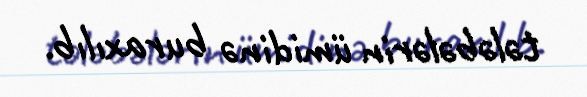
tələbələrin ümidinə buraxılıb.